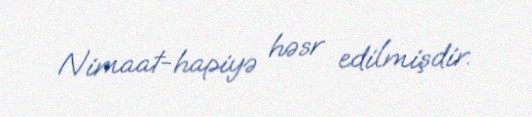
Nimaat-hapiyə həsr edilmişdir.